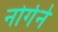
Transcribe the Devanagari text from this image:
नोर्गेने